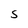
Character: S